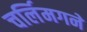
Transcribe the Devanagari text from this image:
चर्लिमगने